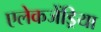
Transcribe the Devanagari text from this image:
एलेकजेंड्रिया